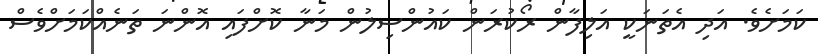
ކަމަށެވެ. އަދި އެތަނަކީ އަލިފާން ރޯކުރަން ކައުންސިލުން މަނާ ކޮށްފައި އޮންނަ ތަނެއްކަމަށްވެސް